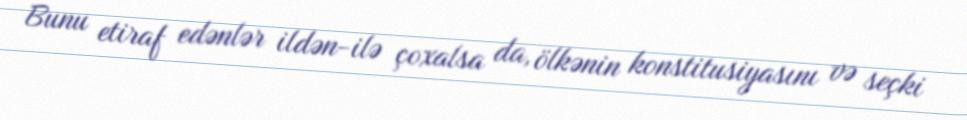
Bunu etiraf edənlər ildən-ilə çoxalsa da, ölkənin konstitusiyasını və seçki